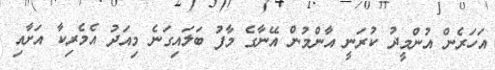
އަހަރެން އުންމީދު ކުރަނީ އާންމުން އޭނާގެ މާފު ބަލައިގަނެ މިއަދު އެމެރިކާ އަށާއި